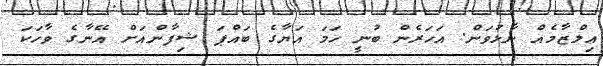
އިލްޒާމެއް ނާޅުވަން. އަހަރެން ބުނީ ހަމަ އަޔާގެ ބައްޕަ ޝިފާންއަށް އޭނާގެ ވާހަކަ